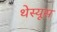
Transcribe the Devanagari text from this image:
थेस्यूस